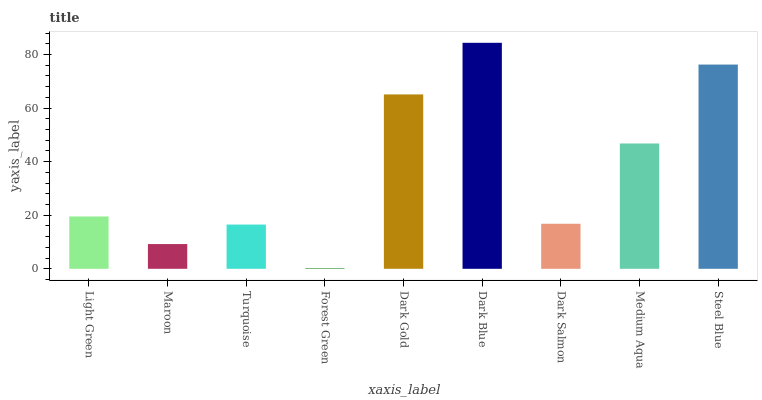
| xaxis_label | bars |
 | --- | --- |
 | Light Green | 19.5 |
 | Maroon | 9.24 |
 | Turquoise | 16.5 |
 | Forest Green | 0.221 |
 | Dark Gold | 65.1 |
 | Dark Blue | 84.4 |
 | Dark Salmon | 16.8 |
 | Medium Aqua | 46.8 |
 | Steel Blue | 76.2 |